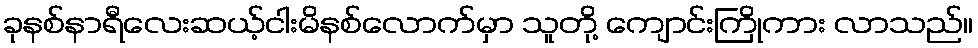
ခုနစ်နာရီလေးဆယ့်ငါးမိနစ်လောက်မှာ သူတို့ ကျောင်းကြိုကား လာသည်။